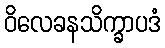
ဝိလေခနသိက္ခာပဒံ